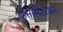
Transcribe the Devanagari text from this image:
ट्राँसलिटरेशन